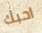
احبك